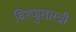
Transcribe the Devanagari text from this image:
विश्णुशास्त्री